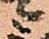
ニ